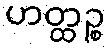
ဟတ္ထဉ္စ